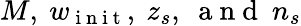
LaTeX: M,\ w_{\mathrm{~i~n~i~t~}},\ z_{s},\ \mathrm{~a~n~d~}\ n_{s}